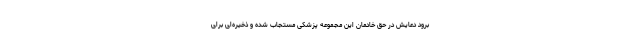
برود دعایش در حق خادمان این مجموعه پزشکی مستجاب شده و ذخیره‌ای برای